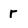
Character: r